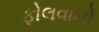
ફોલવાનો